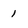
Character: 1